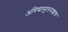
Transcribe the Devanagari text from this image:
अविद्यामूलनाशाय